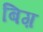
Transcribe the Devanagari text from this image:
बिग़